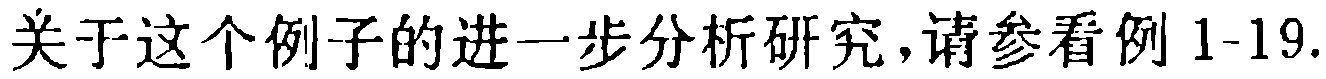
关于这个例子的进一步分析研究,请参看例 1-19.